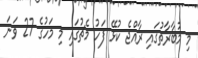
މި މުބާރާތުގައި ރާއްޖެ ކުޅޭ ފަހު މެޗުގައި މި މަހުގެ 27 ވަނަ